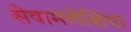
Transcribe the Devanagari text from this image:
सेवामलेशिया